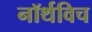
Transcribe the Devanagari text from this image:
नॉर्थविच